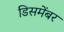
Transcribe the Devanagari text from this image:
डिसमेंबर